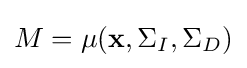
M=\mu (\mathbf {x} ,\Sigma _{I},\Sigma _{D})